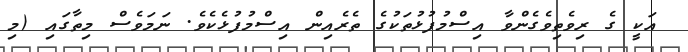
އަކީ ގެ ރިވެތިވެގެންވާ އިސްމުފުޅުތަކުގެ ތެރެއިން އިސްމުފުޅެކެވެ. ނަމަވެސް މިތާގައި (މި